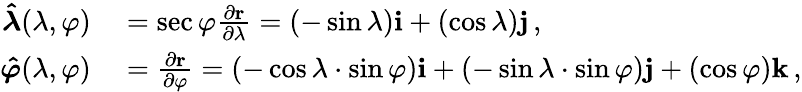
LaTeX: \begin{array}{rl}{{\boldsymbol{\hat{\lambda}}}(\lambda,\varphi)}&{{}=\sec{\varphi}{\frac{\partial\mathbf{r}}{\partial\lambda}}=(-\sin{\lambda})\mathbf{i}+(\cos{\lambda})\mathbf{j}\, ,}\\ {{\boldsymbol{\hat{\varphi}}}(\lambda,\varphi)}&{{}={\frac{\partial\mathbf{r}}{\partial\varphi}}=(-\cos{\lambda}\cdot\sin{\varphi})\mathbf{i}+(-\sin{\lambda}\cdot\sin{\varphi})\mathbf{j}+(\cos{\varphi})\mathbf{k}\, ,}\end{array}